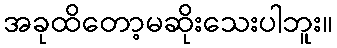
အခုထိတော့မဆိုးသေးပါဘူး။